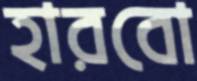
হারবো